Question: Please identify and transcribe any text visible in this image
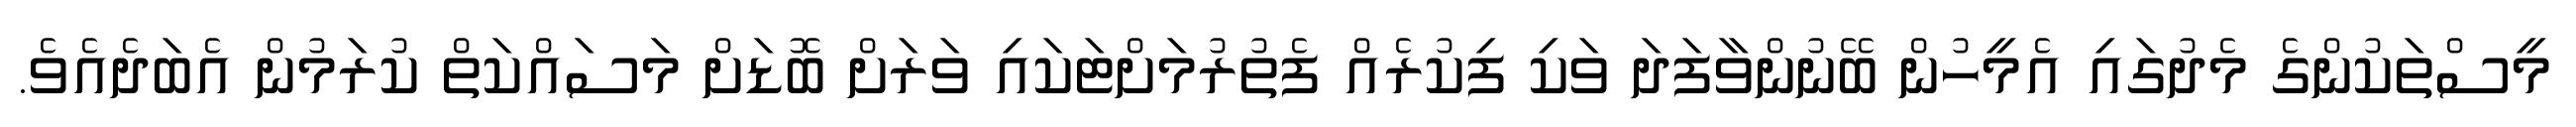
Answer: މީސްތަކުންގެ މެދުގައި އެމީހުން ބޭނުންވާފަދަ ވަކި ފިކުރެއް ފެތުރުމަށްޓަކައި ވަރަށް ބޮޑަށް މަސައްކަތް ކުރަމުން އެބަދެއެވެ.